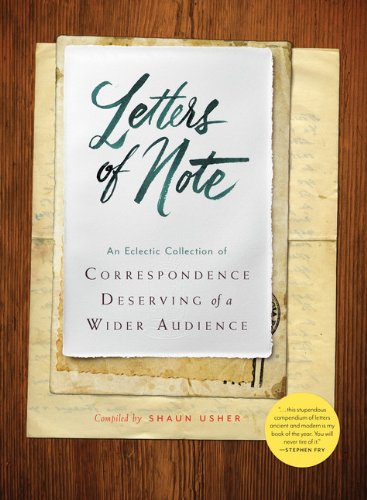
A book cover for Letters of Note: An Eclectic Collection of Correspondence Deserving of a Wider Audience; Humor & Entertainment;